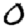
Digit: 0